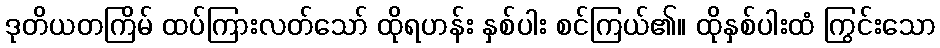
ဒုတိယတကြိမ် ထပ်ကြားလတ်သော် ထိုရဟန်း နှစ်ပါး စင်ကြယ်၏။ ထိုနှစ်ပါးထံ ကြွင်းသော